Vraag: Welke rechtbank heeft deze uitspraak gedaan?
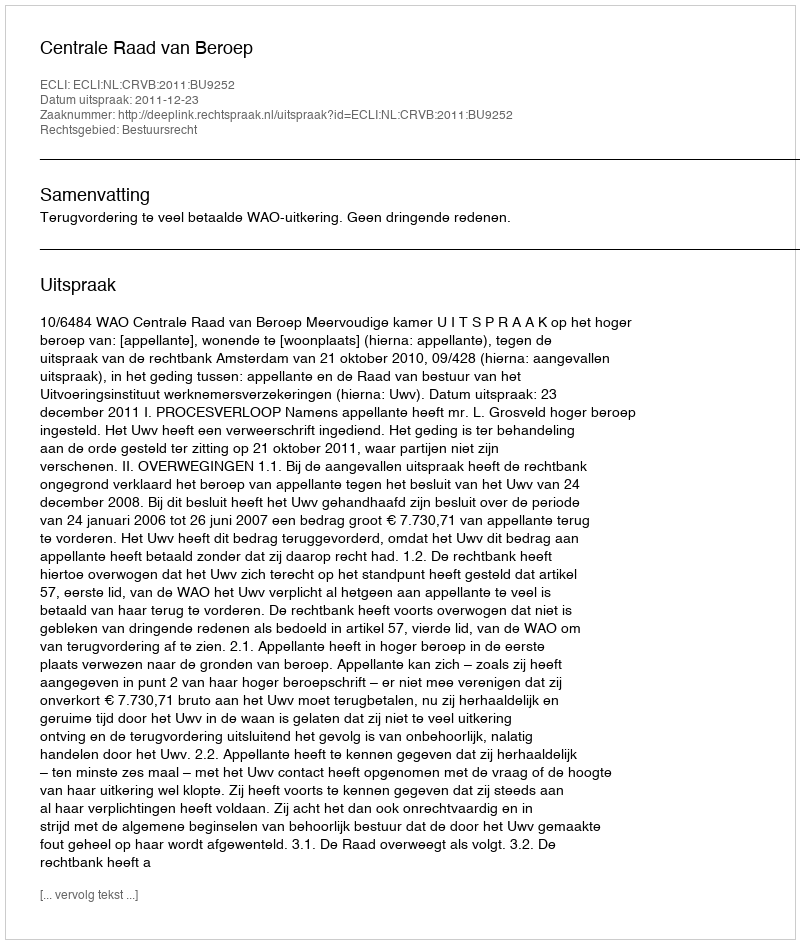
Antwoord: Centrale Raad van Beroep